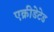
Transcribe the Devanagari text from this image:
एक्रीडेटेड